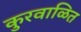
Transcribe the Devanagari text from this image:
कुरवाळित